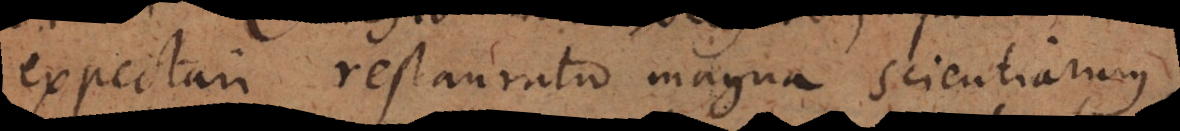
expectari restauratio magna scientiarum